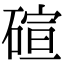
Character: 碹